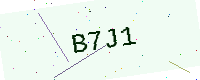
Text: B7J1